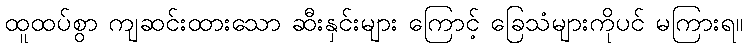
ထူထပ်စွာ ကျဆင်းထားသော ဆီးနှင်းများ ကြောင့် ခြေသံများကိုပင် မကြားရ။